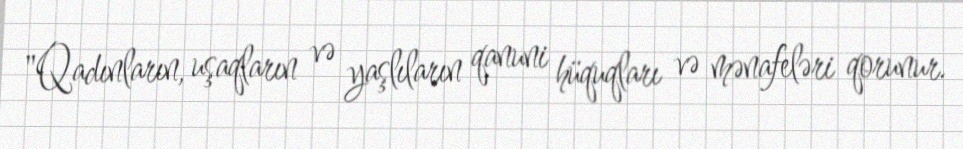
"Qadınların, uşaqların və yaşlıların qanuni hüquqları və mənafeləri qorunur.